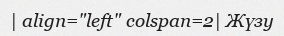
| align="left" colspan=2| Жүзу